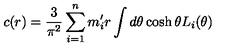
c ( r ) = \frac { 3 } { \pi ^ { 2 } } \sum _ { i = 1 } ^ { n } m _ { i } ^ { \prime } r \int d \theta \cosh \theta L _ { i } ( \theta )